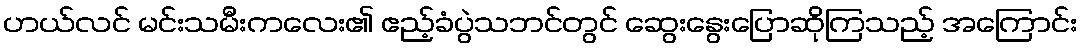
ဟယ်လင် မင်းသမီးကလေး၏ ဧည့်ခံပွဲသဘင်တွင် ဆွေးနွေးပြောဆိုကြသည့် အကြောင်း